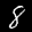
Label: 8